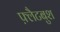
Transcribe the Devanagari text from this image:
फ़्लैटबुश